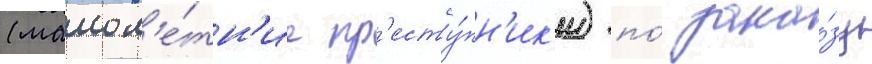
(малол'е́тн'ие пр'есту́пн'ик'и) по́ зака́зу